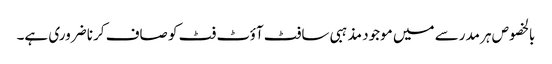
بالخصوص ہر مدرسے میں موجود مذہبی سافٹ آؤٹ فٹ کو صاف کرنا ضروری ہے۔